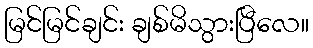
မြင်မြင်ချင်း ချစ်မိသွားပြီလေ။